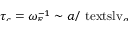
\smash { \tau _ { c } = \omega _ { E } ^ { - 1 } \sim a / \mathrm { \ t e x t s l { v } } _ { a } }